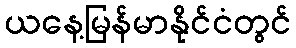
ယနေ့မြန်မာနိုင်ငံတွင်